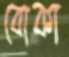
বোকা